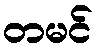
တမင်